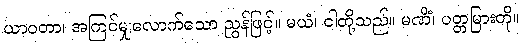
ယာဝတာ၊ အကြင်မျှလောက်သော ညွန်ဖြင့်။ မယံ၊ ငါတို့သည်။ မဏိံ၊ ပတ္တမြားကို။